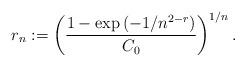
LaTeX: \begin{align*} r_{n}:= \left( \dfrac{1-\exp \left(-1/n^{2-r} \right)}{C_{0}} \right)^{{1}/{n}}. \end{align*}